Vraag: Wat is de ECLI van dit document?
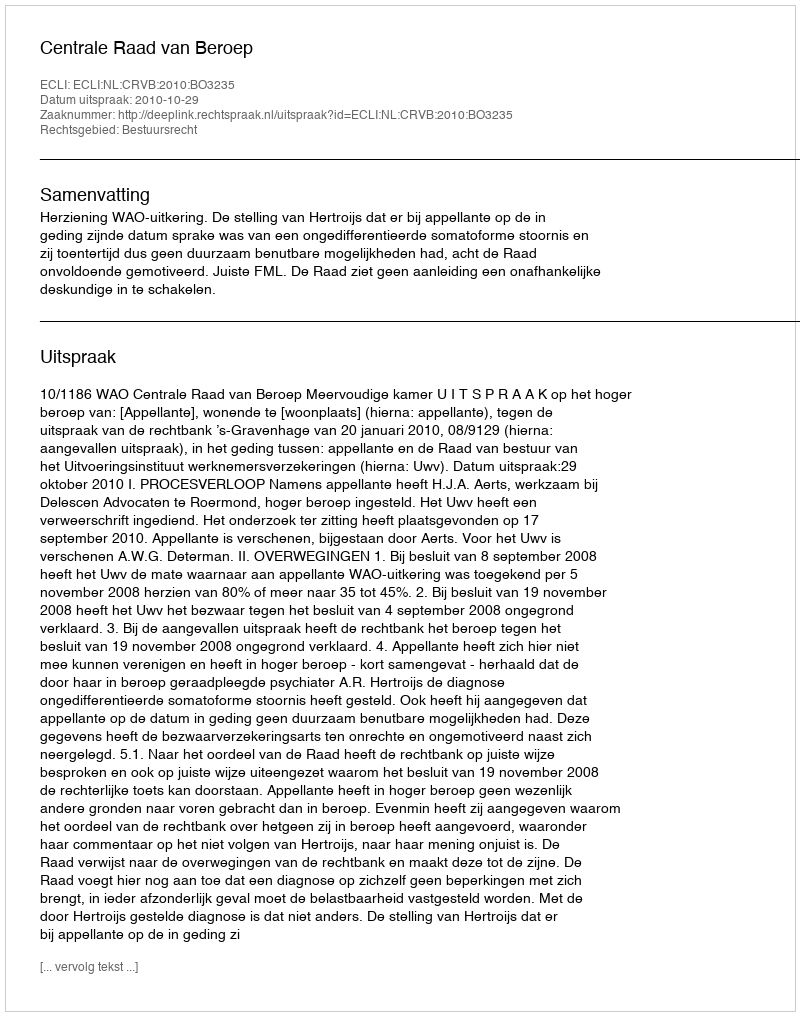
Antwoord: ECLI:NL:CRVB:2010:BO3235